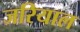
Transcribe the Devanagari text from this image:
जरियाल